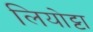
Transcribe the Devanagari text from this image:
लियोट्टा